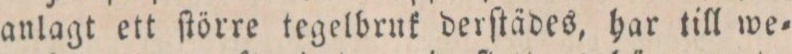
anlagt ett ſtörre tegelbruk derſtädes, har till we=